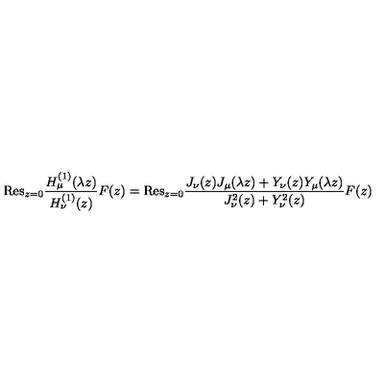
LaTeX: { \mathrm { R e s } } _ { z = 0 } \frac { H _ { \mu } ^ { ( 1 ) } ( \lambda z ) } { H _ { \nu } ^ { ( 1 ) } ( z ) } F ( z ) = { \mathrm { R e s } } _ { z = 0 } \frac { J _ { \nu } ( z ) J _ { \mu } ( \lambda z ) + Y _ { \nu } ( z ) Y _ { \mu } ( \lambda z ) } { J _ { \nu } ^ { 2 } ( z ) + Y _ { \nu } ^ { 2 } ( z ) } F ( z )